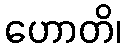
ဟောတိ၊